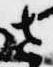
さ